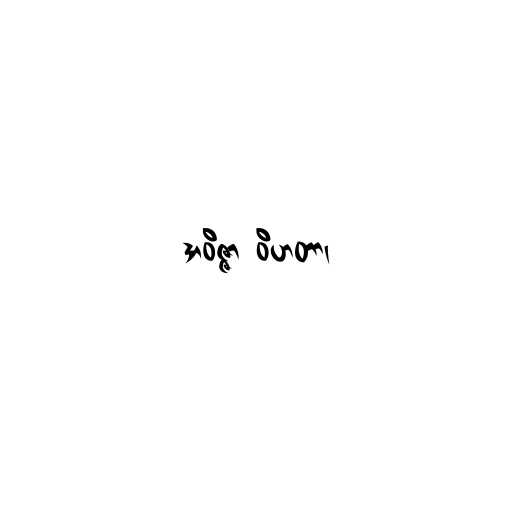
အဝိဇ္ဇာ ဝိဟတာ၊